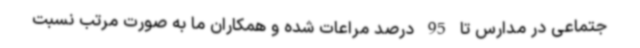
جتماعی در مدارس تا 95 درصد مراعات شده و همکاران ما به صورت مرتب نسبت